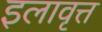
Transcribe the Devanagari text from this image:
इलावृत्त